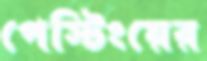
পেস্টিংয়ের